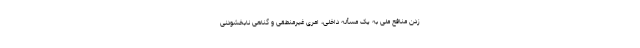
زدن منافع ملی به یک مسأله داخلی، امری غیرمنطقی و گناهی نابخشودنی